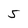
Character: 5